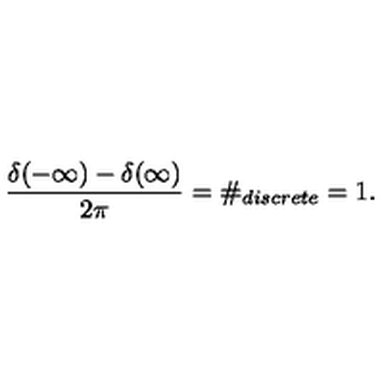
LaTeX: \frac { \delta ( - \infty ) - \delta ( \infty ) } { 2 \pi } = \# _ { d i s c r e t e } = 1 .